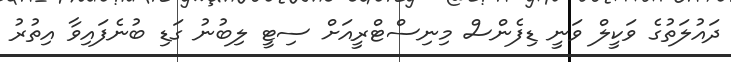
ދައުލަތުގެ ވަކީލް ވަނީ ޑިފެންސް މިނިސްޓްރީއަށް ސިޓީ ލިބުނު ގަޑި ބުނެފައިވާ އިތުރު